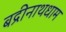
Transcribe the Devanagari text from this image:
बद्रीनाथधाम